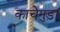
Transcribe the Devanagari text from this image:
काचेगुड़ा